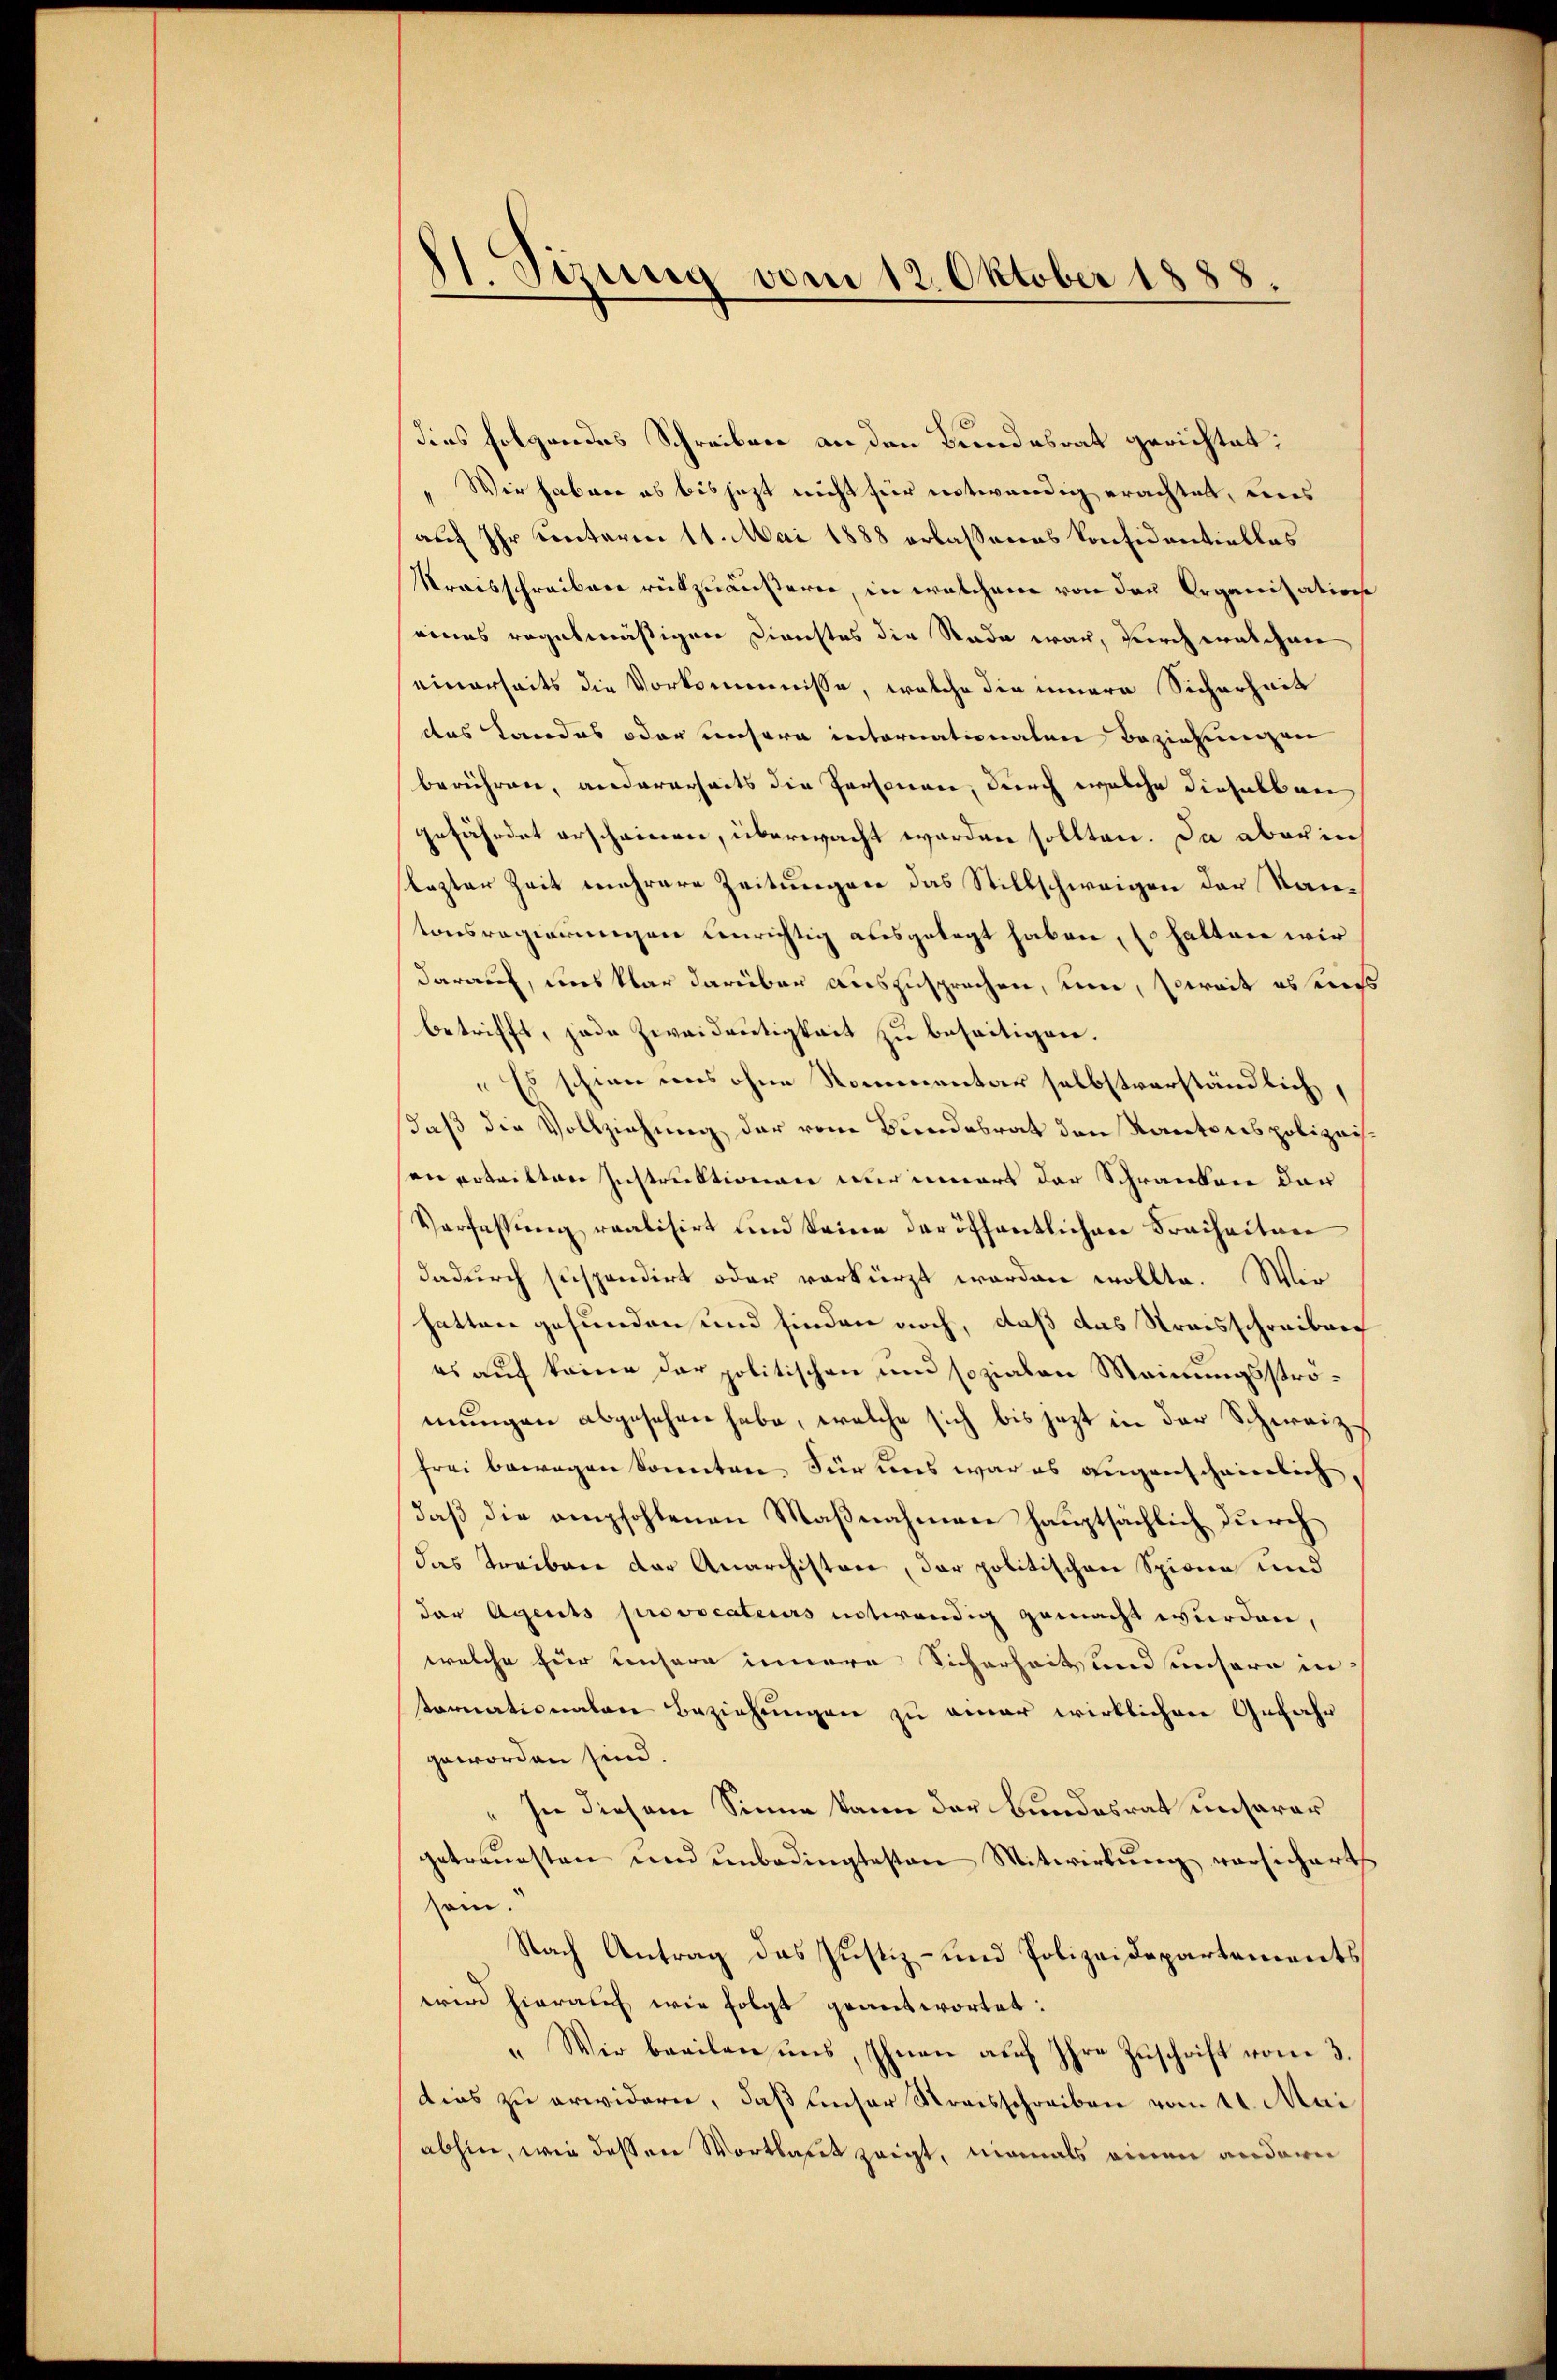
II. Tizung vom 12. Oktober 1888.

Dies folgendes Schreiben an den Bundesrat gerichtet:
Wir haben es bis jetzt nicht für entwendig erachtet, dies
auf Ihr Centerm 11. Mai 1888 erlassenes Konsidentielles
Mraisschreiben rükzuäußerer, in welchen von den Organisatione
eines regelmäßigen Dienstes die Rade war, durch welchen
einerseits die Vorkommnisse, welche die innere Sicherheit
das Landes oder unsere internationalen Beziehungen
berühren, andererseits die Personen, durch welche dieselb an
gefährdet erscheinen, überwacht worden sollten. Da aber in
lezter Zeit mehrere Zeitungen das Stillschweigen der Stantonsregierungen einrichtig ausgelegt haben, so halten wir
darauf, das klar darüber auszusprechen, um, soweit es seines
betrifft, jede Zweidrütigkeit zu beseitigen.
„Es schie uns ohne Nommentar selbstverständlich,
daß die Vollziehung der vom Biendesrat den Kantonspolizeissen erteilten Instruktionen nur innert der Schranken der
Verfassung realisirt und keine der öffentlichen Freiheiten
dadurch seispondirt oder verkürzt worden wollte. Wir
hatten gefunden und finden noch, daß das Straisschreibung
es auf keine der politischen und sozialen Meinungsströmungen abgesehen habe, welche sich bis jezt in der Schweizfrei bewegen Sonnten Für uns war es augenscheinlich,
daß die empfohlenen Maßnahmen hauptsächlich durch
das Treibare der Anarchistor, der politischen Spinne und
der Agents provocateurs entwendig gemacht wurden,
welche für unsere innere Sicherheits und unsern in
tornationalen Beziehungen zu einer wirklichen Gefahr
geworden sind.
" In diesem Sinne kann der Bundesrat unserer
getreuesten und unbedingtesten Mitwirkung vorsichert
sem.
Nach Antrag das Justiz- und Polizeidepartements
wird hierauf wie folgt geantwortet:
" Wir beeilen uns, Ihnen auch Ihre Zuschrift vom 3.
dies zu erwidern, daß unser Streisschreiben vom 11. Mai
abhin, wie dessen Wortlaut zeigt, niemals einen andere